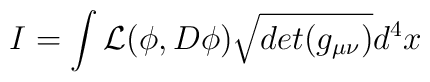
I=\int {\cal L}(\phi, D\phi)\sqrt{det(g_{\mu\nu})}d^{4}x